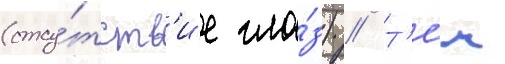
(отсу́тств'ие гла́з) // Т'е́м